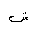
Letter: _shin